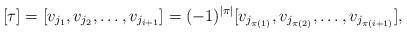
LaTeX: \begin{align*}[\tau]=[v_{j_1},v_{j_2},\dots,v_{j_{i+1}}]=(-1)^{|\pi|}[v_{j_{\pi(1)}},v_{j_{\pi(2)}},\dots,v_{j_{\pi(i+1)}}],\end{align*}